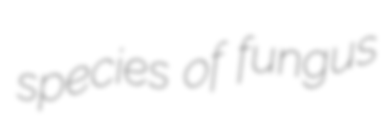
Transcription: species of fungus